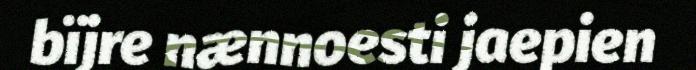
bïjre nænnoesti jaepien